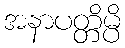
အနာပတ္တိမ္ပိ